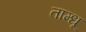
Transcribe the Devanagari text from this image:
ताम्धू